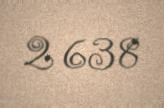
2 638